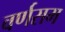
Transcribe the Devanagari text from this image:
वर्णसम